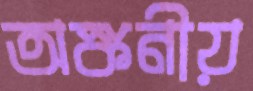
অঙ্কনীয়